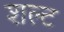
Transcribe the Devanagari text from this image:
शल्ट